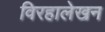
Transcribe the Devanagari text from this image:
विरहालेखन